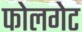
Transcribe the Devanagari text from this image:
फोलगेट